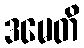
ဒမေတိ